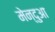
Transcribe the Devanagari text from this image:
मेन्दुआ